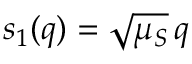
s _ { 1 } ( q ) = \sqrt { \mu _ { S } } \, q